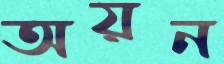
অয়ন